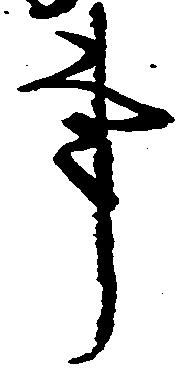
事